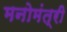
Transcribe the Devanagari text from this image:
मनोमंत्री